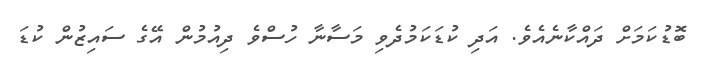
ބޮޑުކަމަށް ދައްކާނެއެވެ. އަދި ކުޑަކަމުދެވި މަސާނާ ހުސްވެ ދިއުމުން އޭގެ ސައިޒުން ކުޑަ